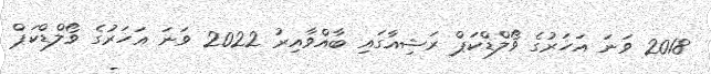
2018 ވަނަ އަހަރުގެ ވޯލްޑްކަޕް ރަޝިއާގައި ބާއްވާއިރު 2022 ވަނަ އަހަރުގެ ވޯލްޑްކަޕް